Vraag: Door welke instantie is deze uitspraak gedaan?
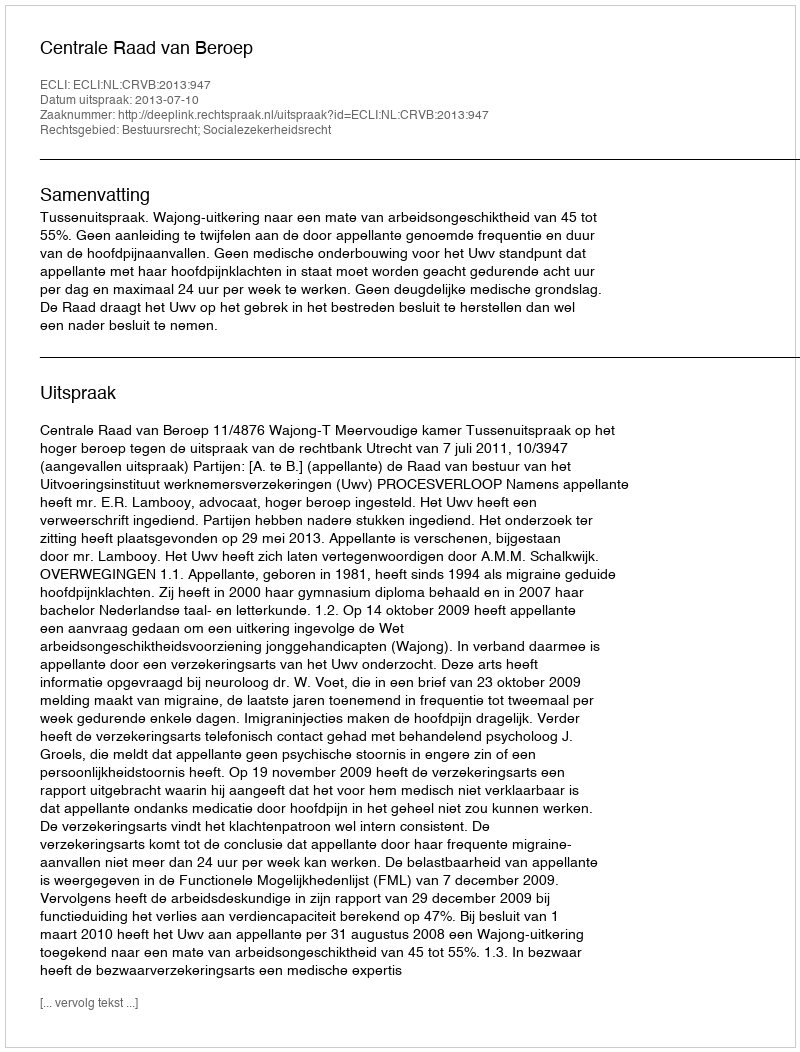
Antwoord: Centrale Raad van Beroep